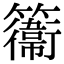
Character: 𥶽